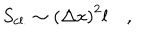
LaTeX: S _ { \mathrm { c l . } } \sim \left( \Delta x \right) ^ { 2 } l \quad ,